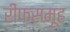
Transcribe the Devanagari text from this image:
रीफसमूह